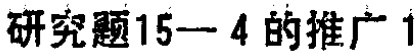
研究题15—4 的推广1